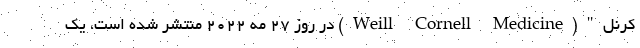
کرنل"(Weill Cornell Medicine) در روز ۲۷ مه ۲۰۲۲ منتشر شده است، یک